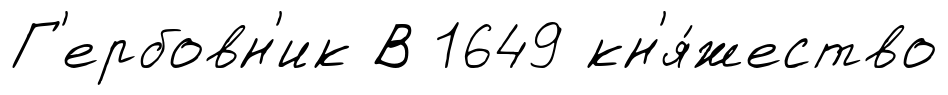
Г'ербовн'ик В 1649 кн'я́жество